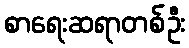
စာရေးဆရာတစ်ဦး